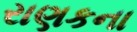
રાણકના